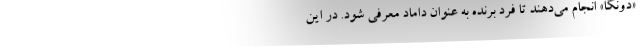
«دونگا» انجام می‌دهند تا فرد برنده به عنوان داماد معرفی شود. در این